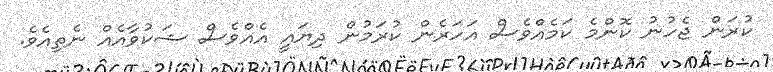
ކުރަން ޖެހުނު ކޮންމެ ކަމެއްވެސް އަހަރެން ކުރަމުން ދިޔައީ އެއްވެސް ޝަކުވާއެއް ނެތިއެވެ.